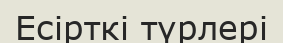
Есірткі түрлері